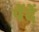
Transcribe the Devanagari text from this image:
पेंदें